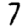
Digit: 7